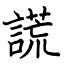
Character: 謊